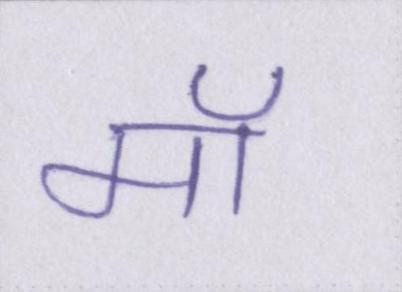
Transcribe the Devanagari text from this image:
मॉ